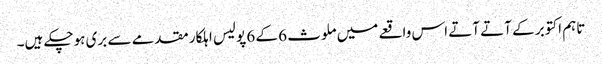
تاہم اکتوبر کے آتے آتے اس واقعے میں ملوث 6 کے 6 پولیس اہلکار مقدمے سے بری ہوچکے ہیں۔